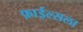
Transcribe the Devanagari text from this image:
फ़ाईल्सला